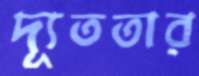
দ্যূততার